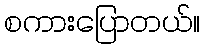
စကားပြောတယ်။